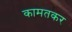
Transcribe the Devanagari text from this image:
कामतकर